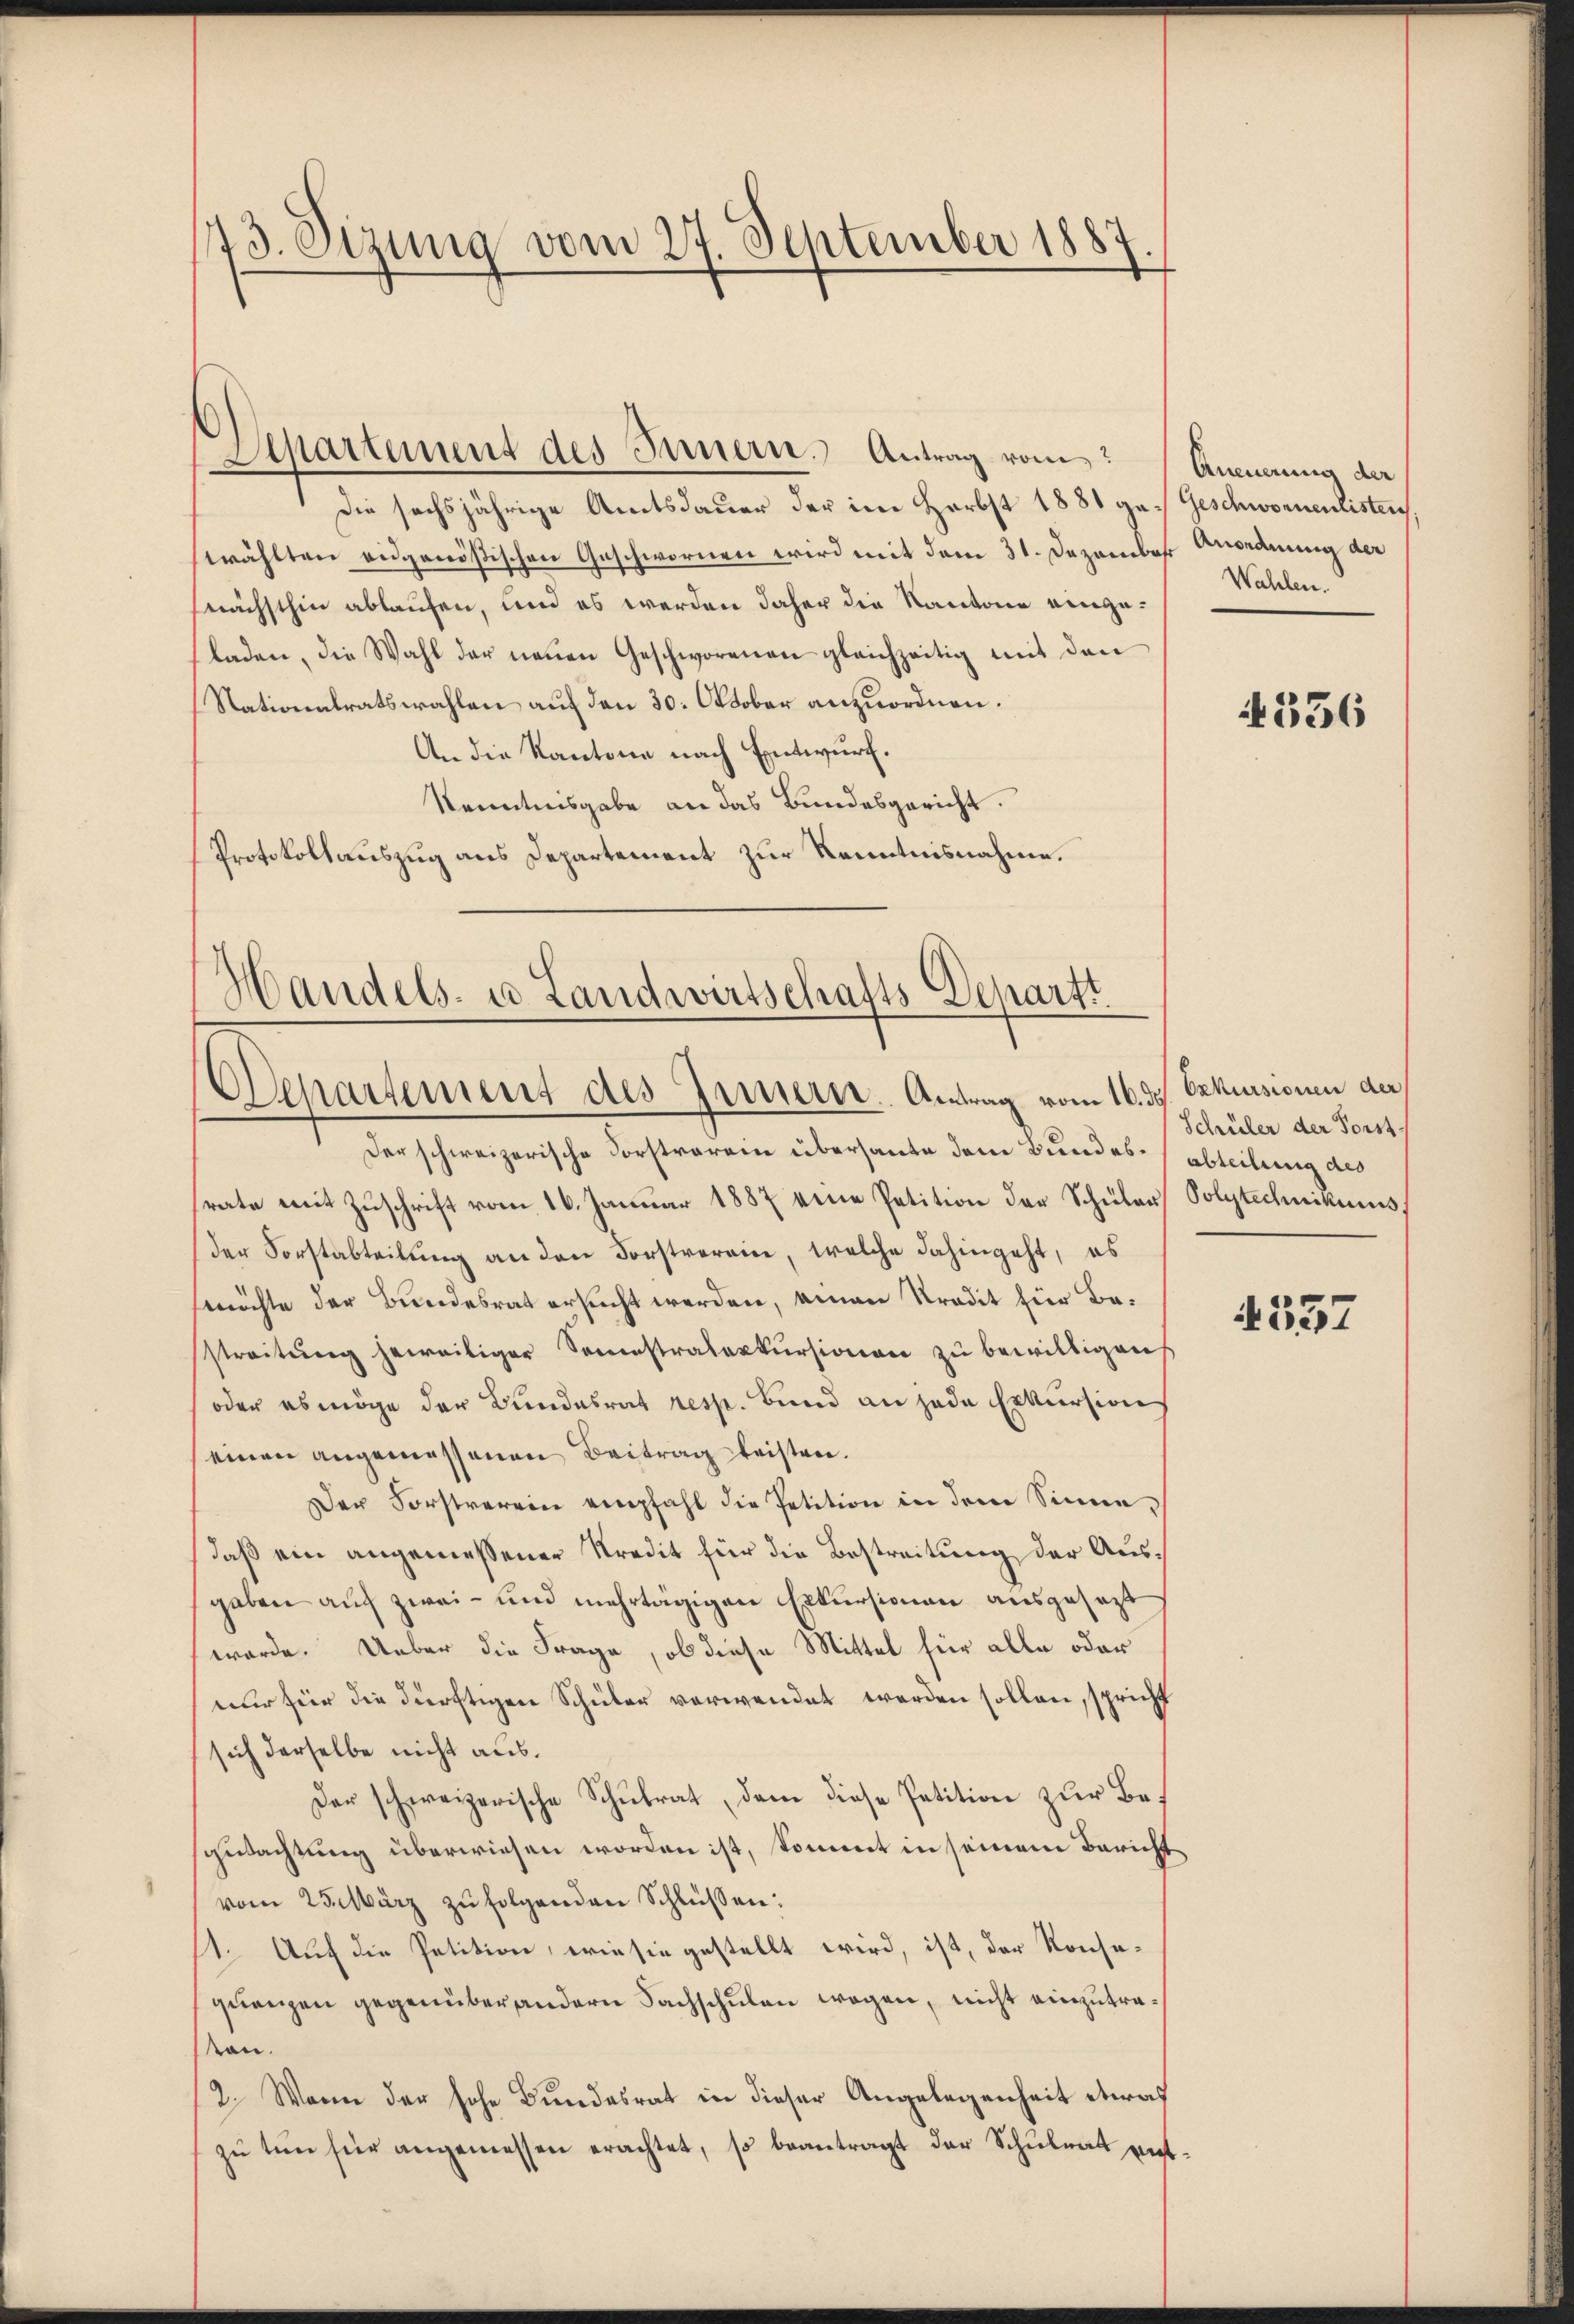
773. Sizung vom 27. September 1887.

Departement des Innern. Antrag vom
Die sechsjährige Amtsdauer der im Herbst 1881 ge- Geschwornenlisten
wählten eidgenößischen Geschwornen wird mit dem 31. Dezember Anordnung der
nächsthin ablaufen, und es werden daher die Kantone eingeladen, die Wahl der neuen Geschworenen gleichzeitig mit den
Nationalratswahlen auf den 30. Oktober anzuordnen.
An die Kantone nach Entwurf.
Kenntnisgabe an das Bundesgericht.
Protokollauszug aus Departement zur Kenntnisnahme.

Handels- u. Landwirtschafts-Departt
Departement des Innern. Antrag vom 16. ds. Erkussionen der

Der schweizerische Forstverein übersante dem Bundes- (abteilung des
rate mit Zŭschrift vom 16. Januar 1887 eine Petition der Schüler Polytechnikums,
der Forstabteilung an den Forstvereine, welche dahingeht, es
möchte der Bundesrat ersucht werden, einen Stradit für Bestreitŭng heweiliger Semestraleskŭrsionen zŭ bewilligen
oder es möge der Bundesrat resp. Bund an jede Erkursion
einen angemessenen Beitrag leisten.
Der Forstverein empfahl die Petition in dem Sinne
daß ein angemessener Kredit für die Bestreitung der Ausgaben auf zwei - und mehrtägigen Erkursionen ausgesezt
werde. Ueber die Frage, ob diese Mittel für alle oder
nur für die dürftigen Schüler verwendet werden sollen, spricht
sich derselbe nicht aus.
Der schweizerische Schŭlrat, dem diese Petition zŭr Be-
gutachtung überwiesen worden ist, kommt in seinem Bericht
vom 23. März zŭfolgenden Schlüssen:
11. Auf die Petition, wie sie gestellt wird, ist, der Konsaquenzen gegenüber andern Sachschulen wegen, nicht einzutraton.
2. Wenn der hohe Bundesrat in dieser Angelegenheit etwas
zŭ tun für angemessen erachtet, so beantragt der Schulrat ent¬

Aneuerung der
Wahlen.

4336

Schüler der Forst

4557